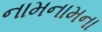
નામનામના